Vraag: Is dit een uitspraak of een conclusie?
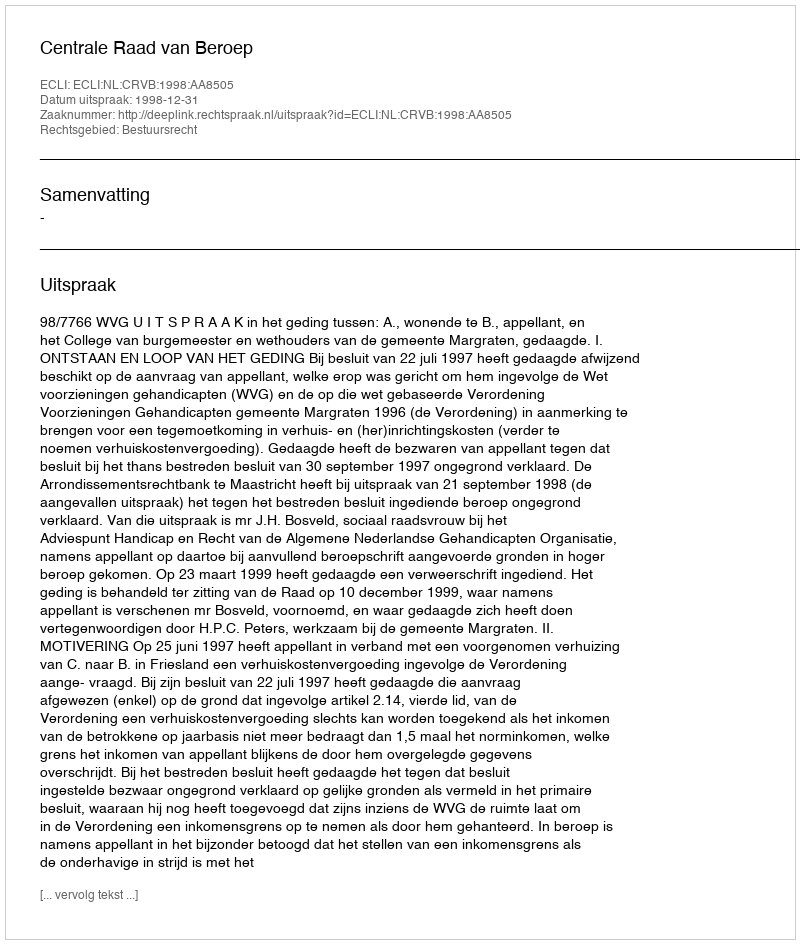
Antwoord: Uitspraak